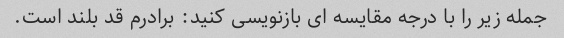
جمله زیر را با درجه مقایسه ای بازنویسی کنید: برادرم قد بلند است.